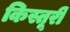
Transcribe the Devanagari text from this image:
किस्तूरी